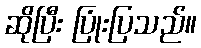
ဆိုပြီး ပြုံးပြသည်။